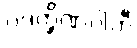
ပဒက္ခိဏဂ္ဂါဟီ